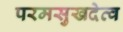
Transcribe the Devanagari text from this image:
परमसुखदेत्व